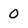
Character: 0